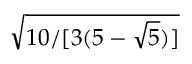
\sqrt { 1 0 / [ 3 ( 5 - { \sqrt { 5 } } ) ] }